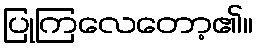
ပြုကြလေတော့၏။